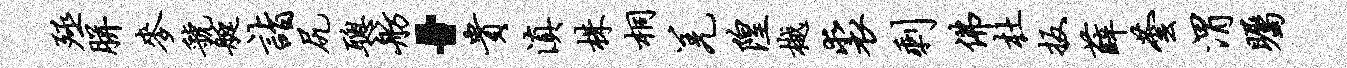
殛胼麦虢艇诣尻聪舫·贵滇株桐羌隍樾裘剩佛杜扳薛芸渭瞩